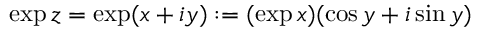
\exp z = \exp ( x + i y ) : = ( \exp x ) ( \cos y + i \sin y )